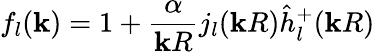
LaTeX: f_{l}(\mathbf{k})=1+\frac{{\alpha}}{{\mathbf{k}R}}j_{l}(\mathbf{k}R)\hat{{h}}_{l}^{+}(\mathbf{k}R)